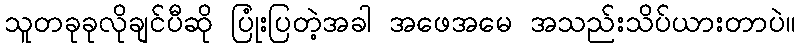
သူတခုခုလိုချင်ပီဆို ပြုံးပြတဲ့အခါ အဖေအမေ အသည်းသိပ်ယားတာပဲ။